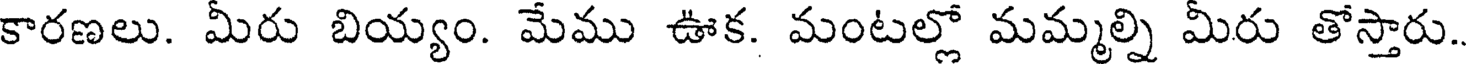
కారణలు. మీరు బియ్యం. మేము ఊక. మంటల్లో మమ్మల్ని మీరు తోస్తారు.